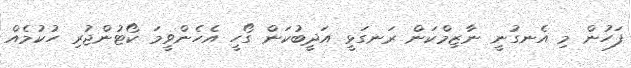
ފަހުން މި އެނގުނީ ނާޒިމްކަން ރަނގަޅީ އަދީބުކަން ގޯހީ އެހެންވީމަ ކޯޓުންޖުރި ހުކުމެއް